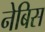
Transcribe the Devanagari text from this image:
नेबिस